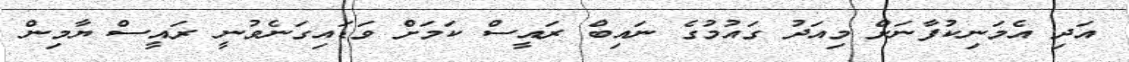
އަދި އެމަނިކުފާނަށް މިއަދު ގައުމުގެ ނައިބް ރައީސް ކަމަށް ވަޑައިގަނެވުނީ ރައީސް ޔާމިން